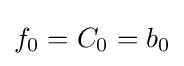
{f}_{0}={C}_{0}={b}_{0}